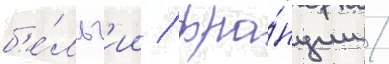
б'е́льг'ии / фра́нции /